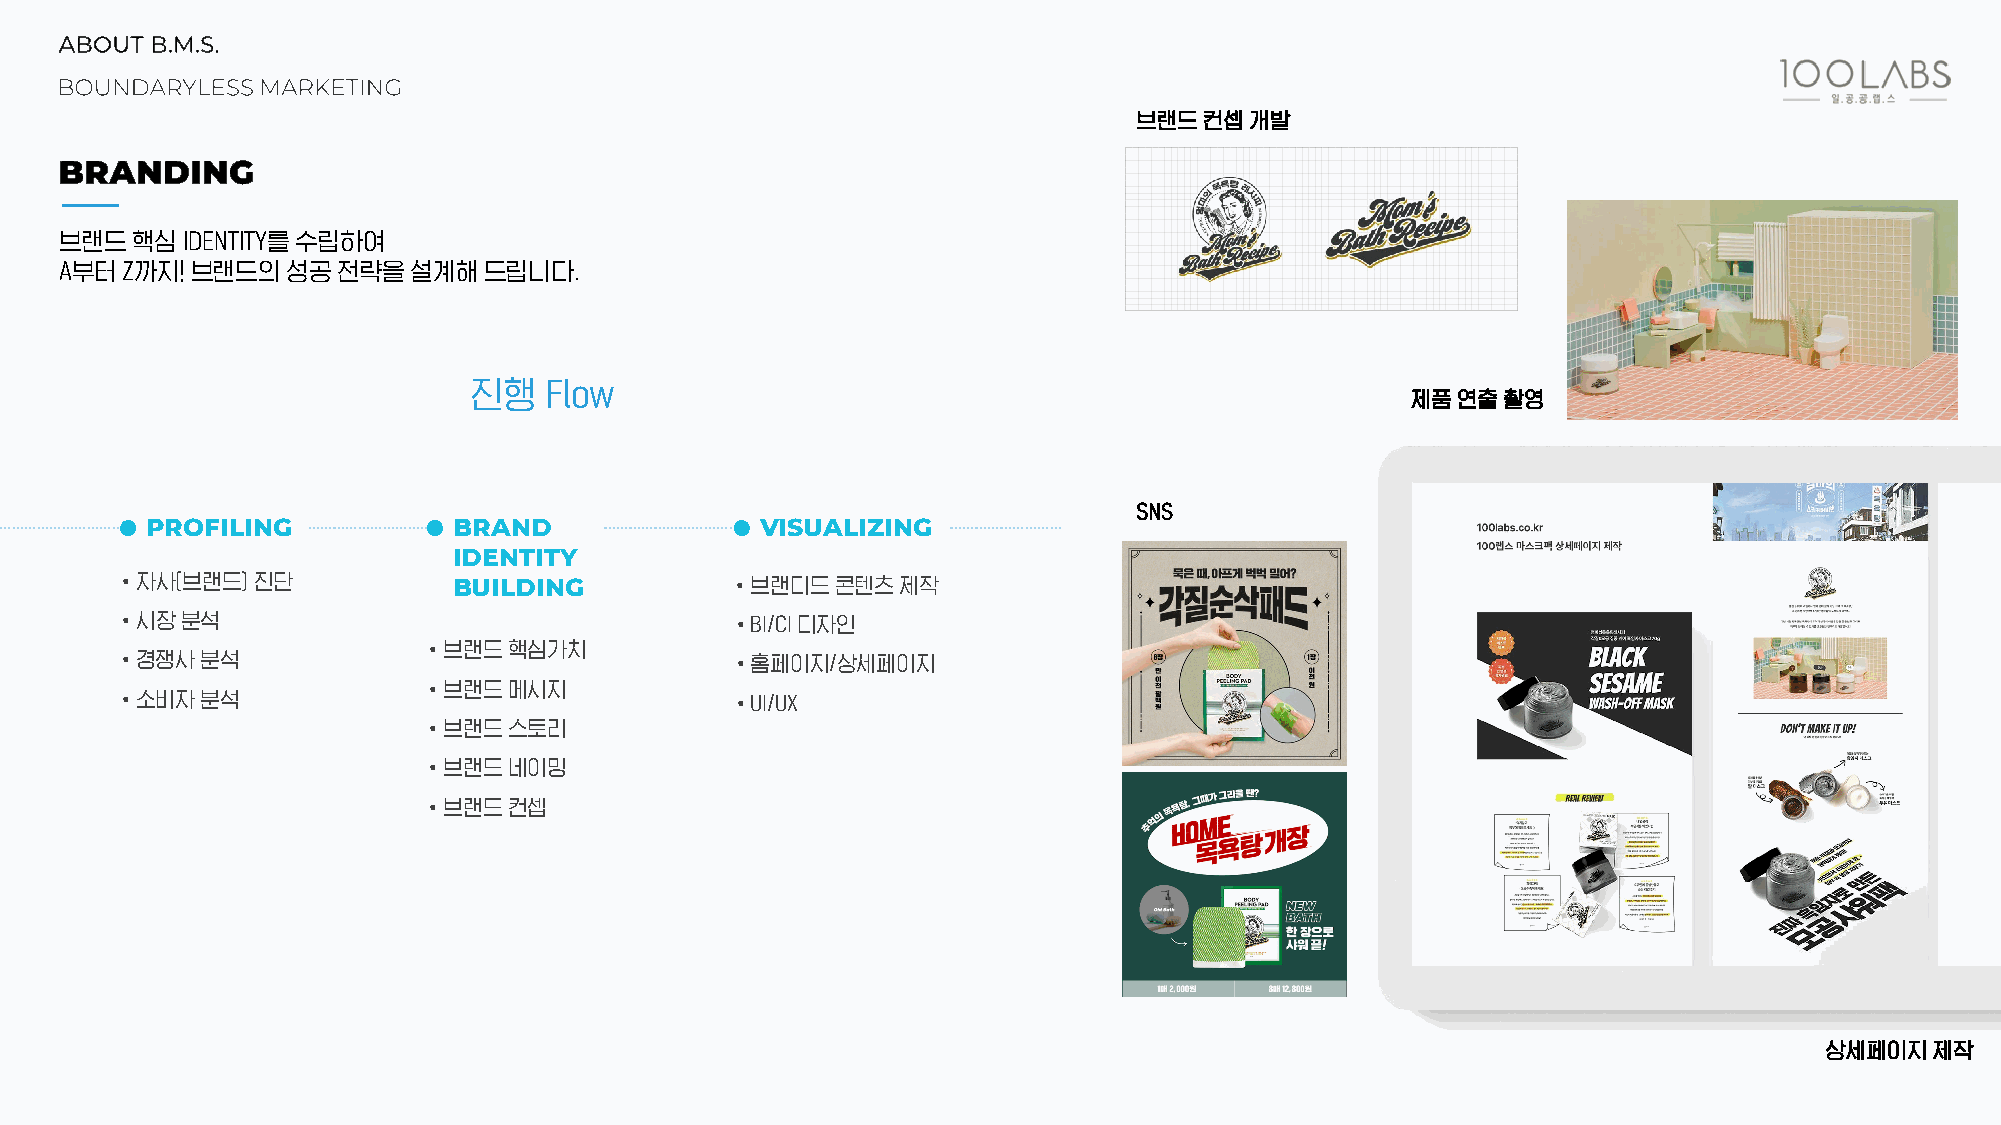
브랜드컨셉개발
 브랜드핵심IDENTITY를수립하여
 A부터Z까지!  브랜드의성공전략을설계해드립니다.
 진행   Flow
 제품연출촬영
 SNS
 PROFILING           BRAND               VISUALIZING
 IDENTITY
 •자사(브랜드) 진단           BUILDING          •브랜디드콘텐츠제작
 •시장분석                                   •BI/CI디자인
 •브랜드핵심가치
 •경쟁사분석                                  •홈페이지/상세페이지
 •브랜드메시지
 •소비자분석                                  •UI/UX
 •브랜드스토리
 •브랜드네이밍
 •브랜드컨셉
 상세페이지제작